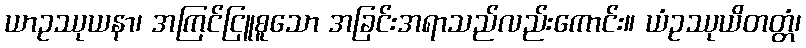
ယာဥဿုယနာ၊ အကြင်ငြူစူသော အခြင်းအရာသည်လည်းကောင်း။ ယံဥဿုယိတတ္တံ၊